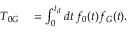
\begin{array} { r l } { T _ { 0 G } } & { { } = \int _ { 0 } ^ { t _ { d } } d t \, f _ { 0 } ( t ) f _ { G } ( t ) . } \end{array}